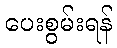
ပေးစွမ်းရန်